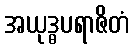
အယုဒ္ဓပရာဇိတံ